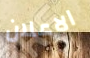
الاعلان